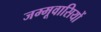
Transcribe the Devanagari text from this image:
जम्मूवासियों